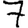
Digit: 7